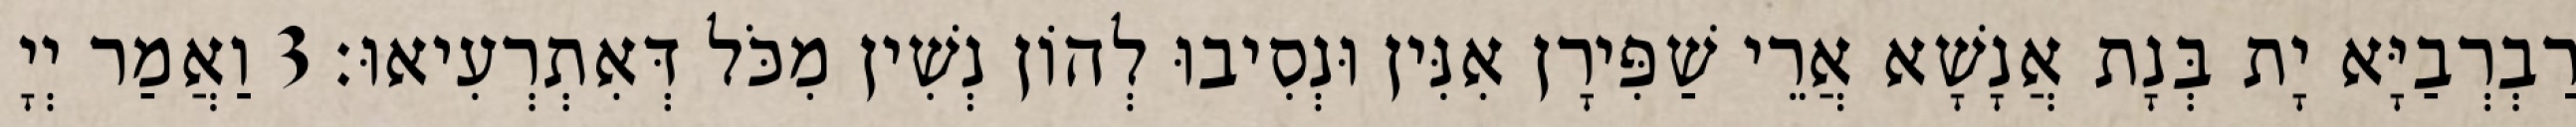
רַבְרְבַיָּא יָת בְּנָת אֲנָשָׁא אֲרֵי שַׁפִּירָן אִנִּין וּנְסִיבוּ לְהוֹן נְשִׁין מִכֹּל דְּאִתְרְעִיאוּ׃ 3 וַאֲמַר יְיָ